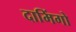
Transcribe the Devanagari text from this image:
दामिंगो